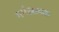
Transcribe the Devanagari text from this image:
गर्भस्रावक